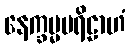
နေက္ခမ္မပရိဠာဟံ